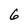
Character: 6